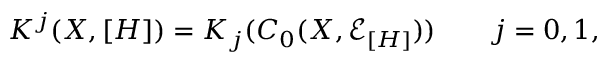
K ^ { j } ( X , [ H ] ) = K _ { j } ( C _ { 0 } ( X , { \mathcal E } _ { [ H ] } ) ) \qquad j = 0 , 1 ,